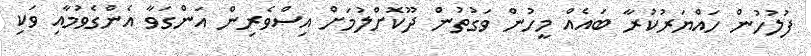
ފުލުހުން ހައްޔަރުކުރާ ބައެއް މީހުން ވަގުތުން ދޫކޮށްލުމަށް އިސްވެރިން އަންގަވާ އެންގެވުމާއި ވަކި